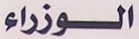
الوزراء